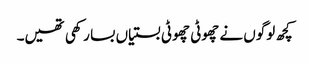
کچھ لوگوں نے چھوٹی چھوٹی بستیاں بسا رکھی تھیں۔